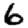
Digit: 6